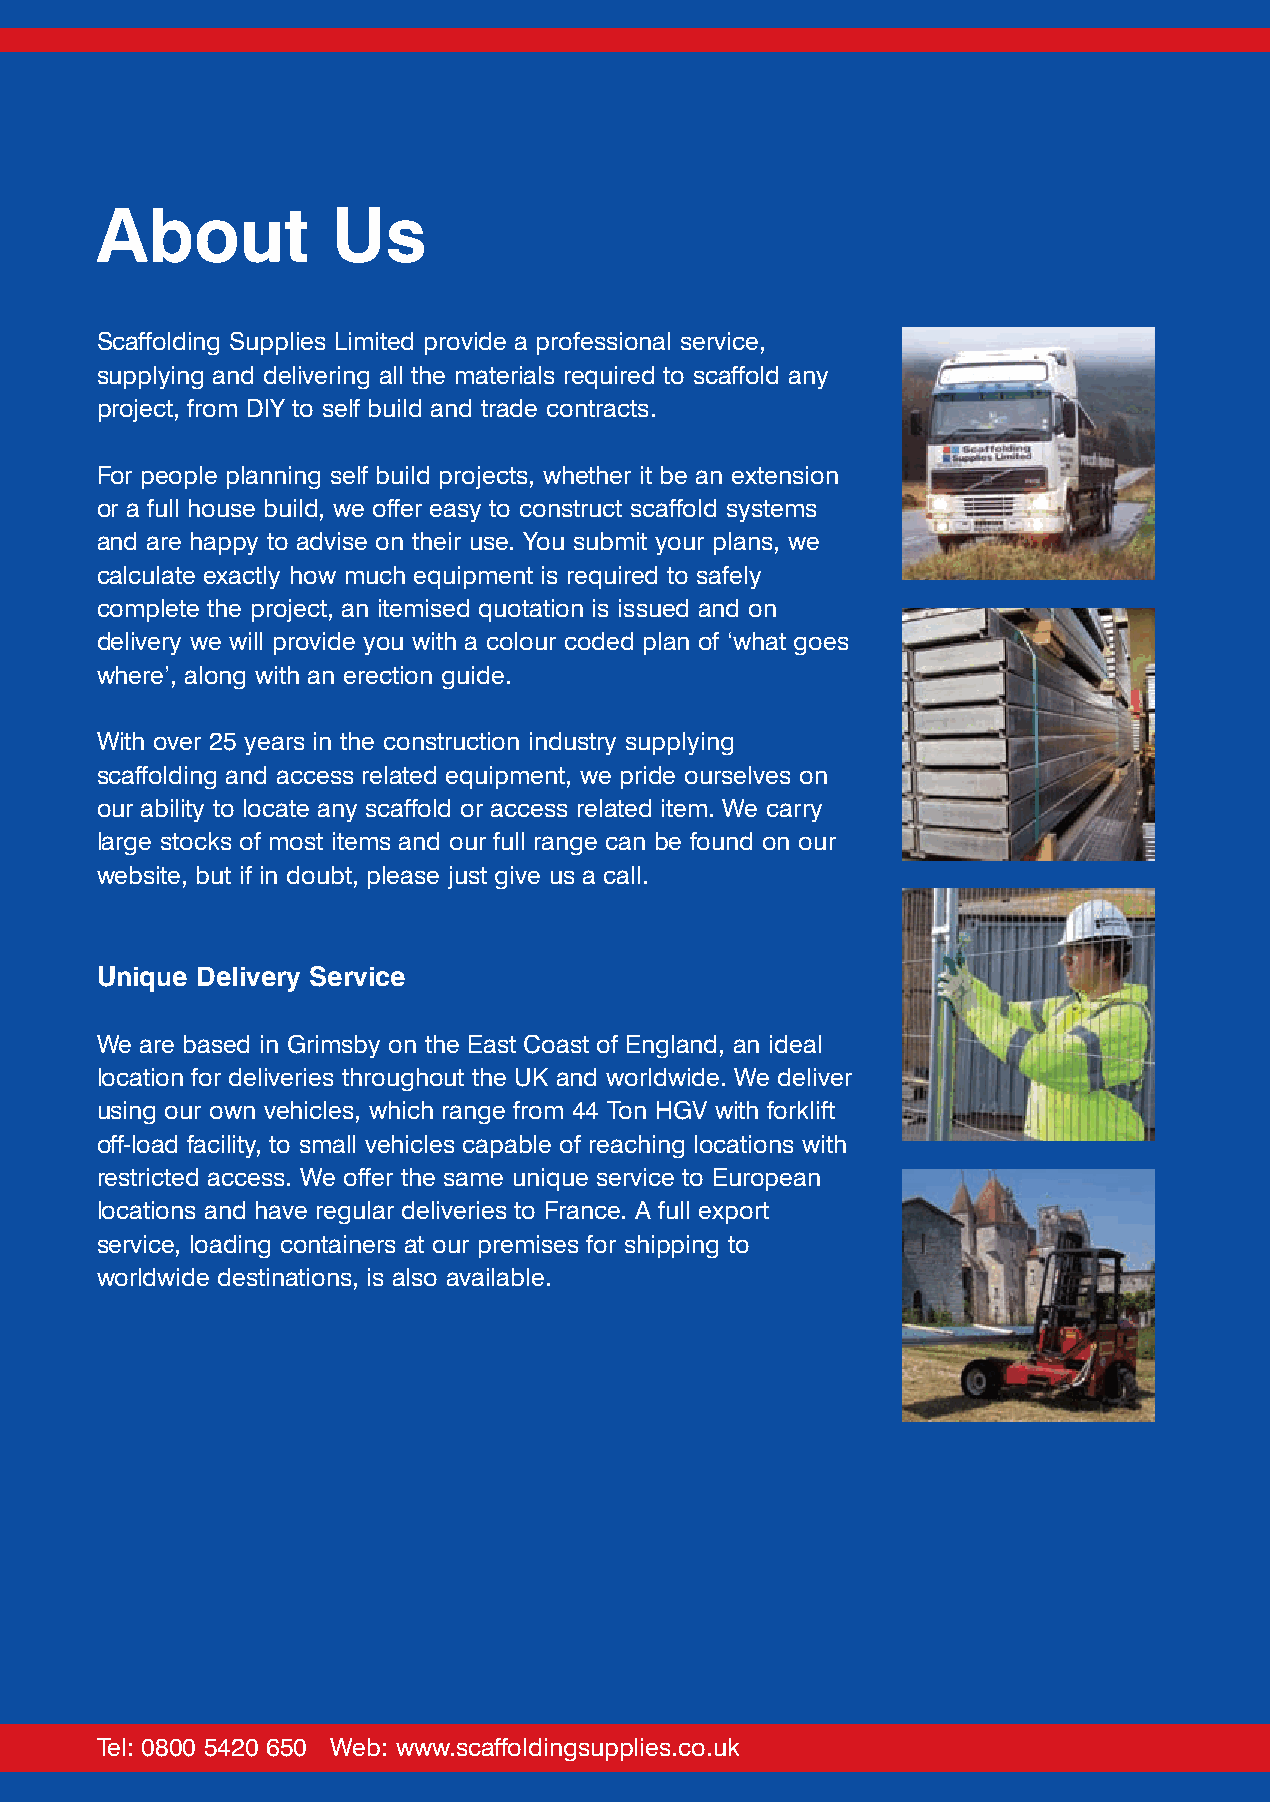
About           Us
 Scaffolding Supplies Limited provide a professional service,
 supplying and delivering all the materials required to scaffold any
 project, from DIY to self build and trade contracts.
 For people planning self build projects, whether it be an extension
 or a full house build, we offer easy to construct scaffold systems
 and are happy to advise on their use. You submit your plans, we
 calculate exactly how much equipment is required to safely
 complete the project, an itemised quotation is issued and on
 delivery we will provide you with a colour coded plan of ‘what goes
 where’, along with an erection guide.
 With over 25 years in the construction industry supplying
 scaffolding and access related equipment, we pride ourselves on
 our ability to locate any scaffold or access related item. We carry
 large stocks of most items and our full range can be found on our
 website, but if in doubt, please just give us a call.
 Unique Delivery Service
 We are based in Grimsby on the East Coast of England, an ideal
 location for deliveries throughout the UK and worldwide. We deliver
 using our own vehicles, which range from 44 Ton HGV with forklift
 off-load facility, to small vehicles capable of reaching locations with
 restricted access. We offer the same unique service to European
 locations and have regular deliveries to France. A full export
 service, loading containers at our premises for shipping to
 worldwide destinations, is also available.
 Tel: 0800 5420 650 Web: www.scaffoldingsupplies.co.uk